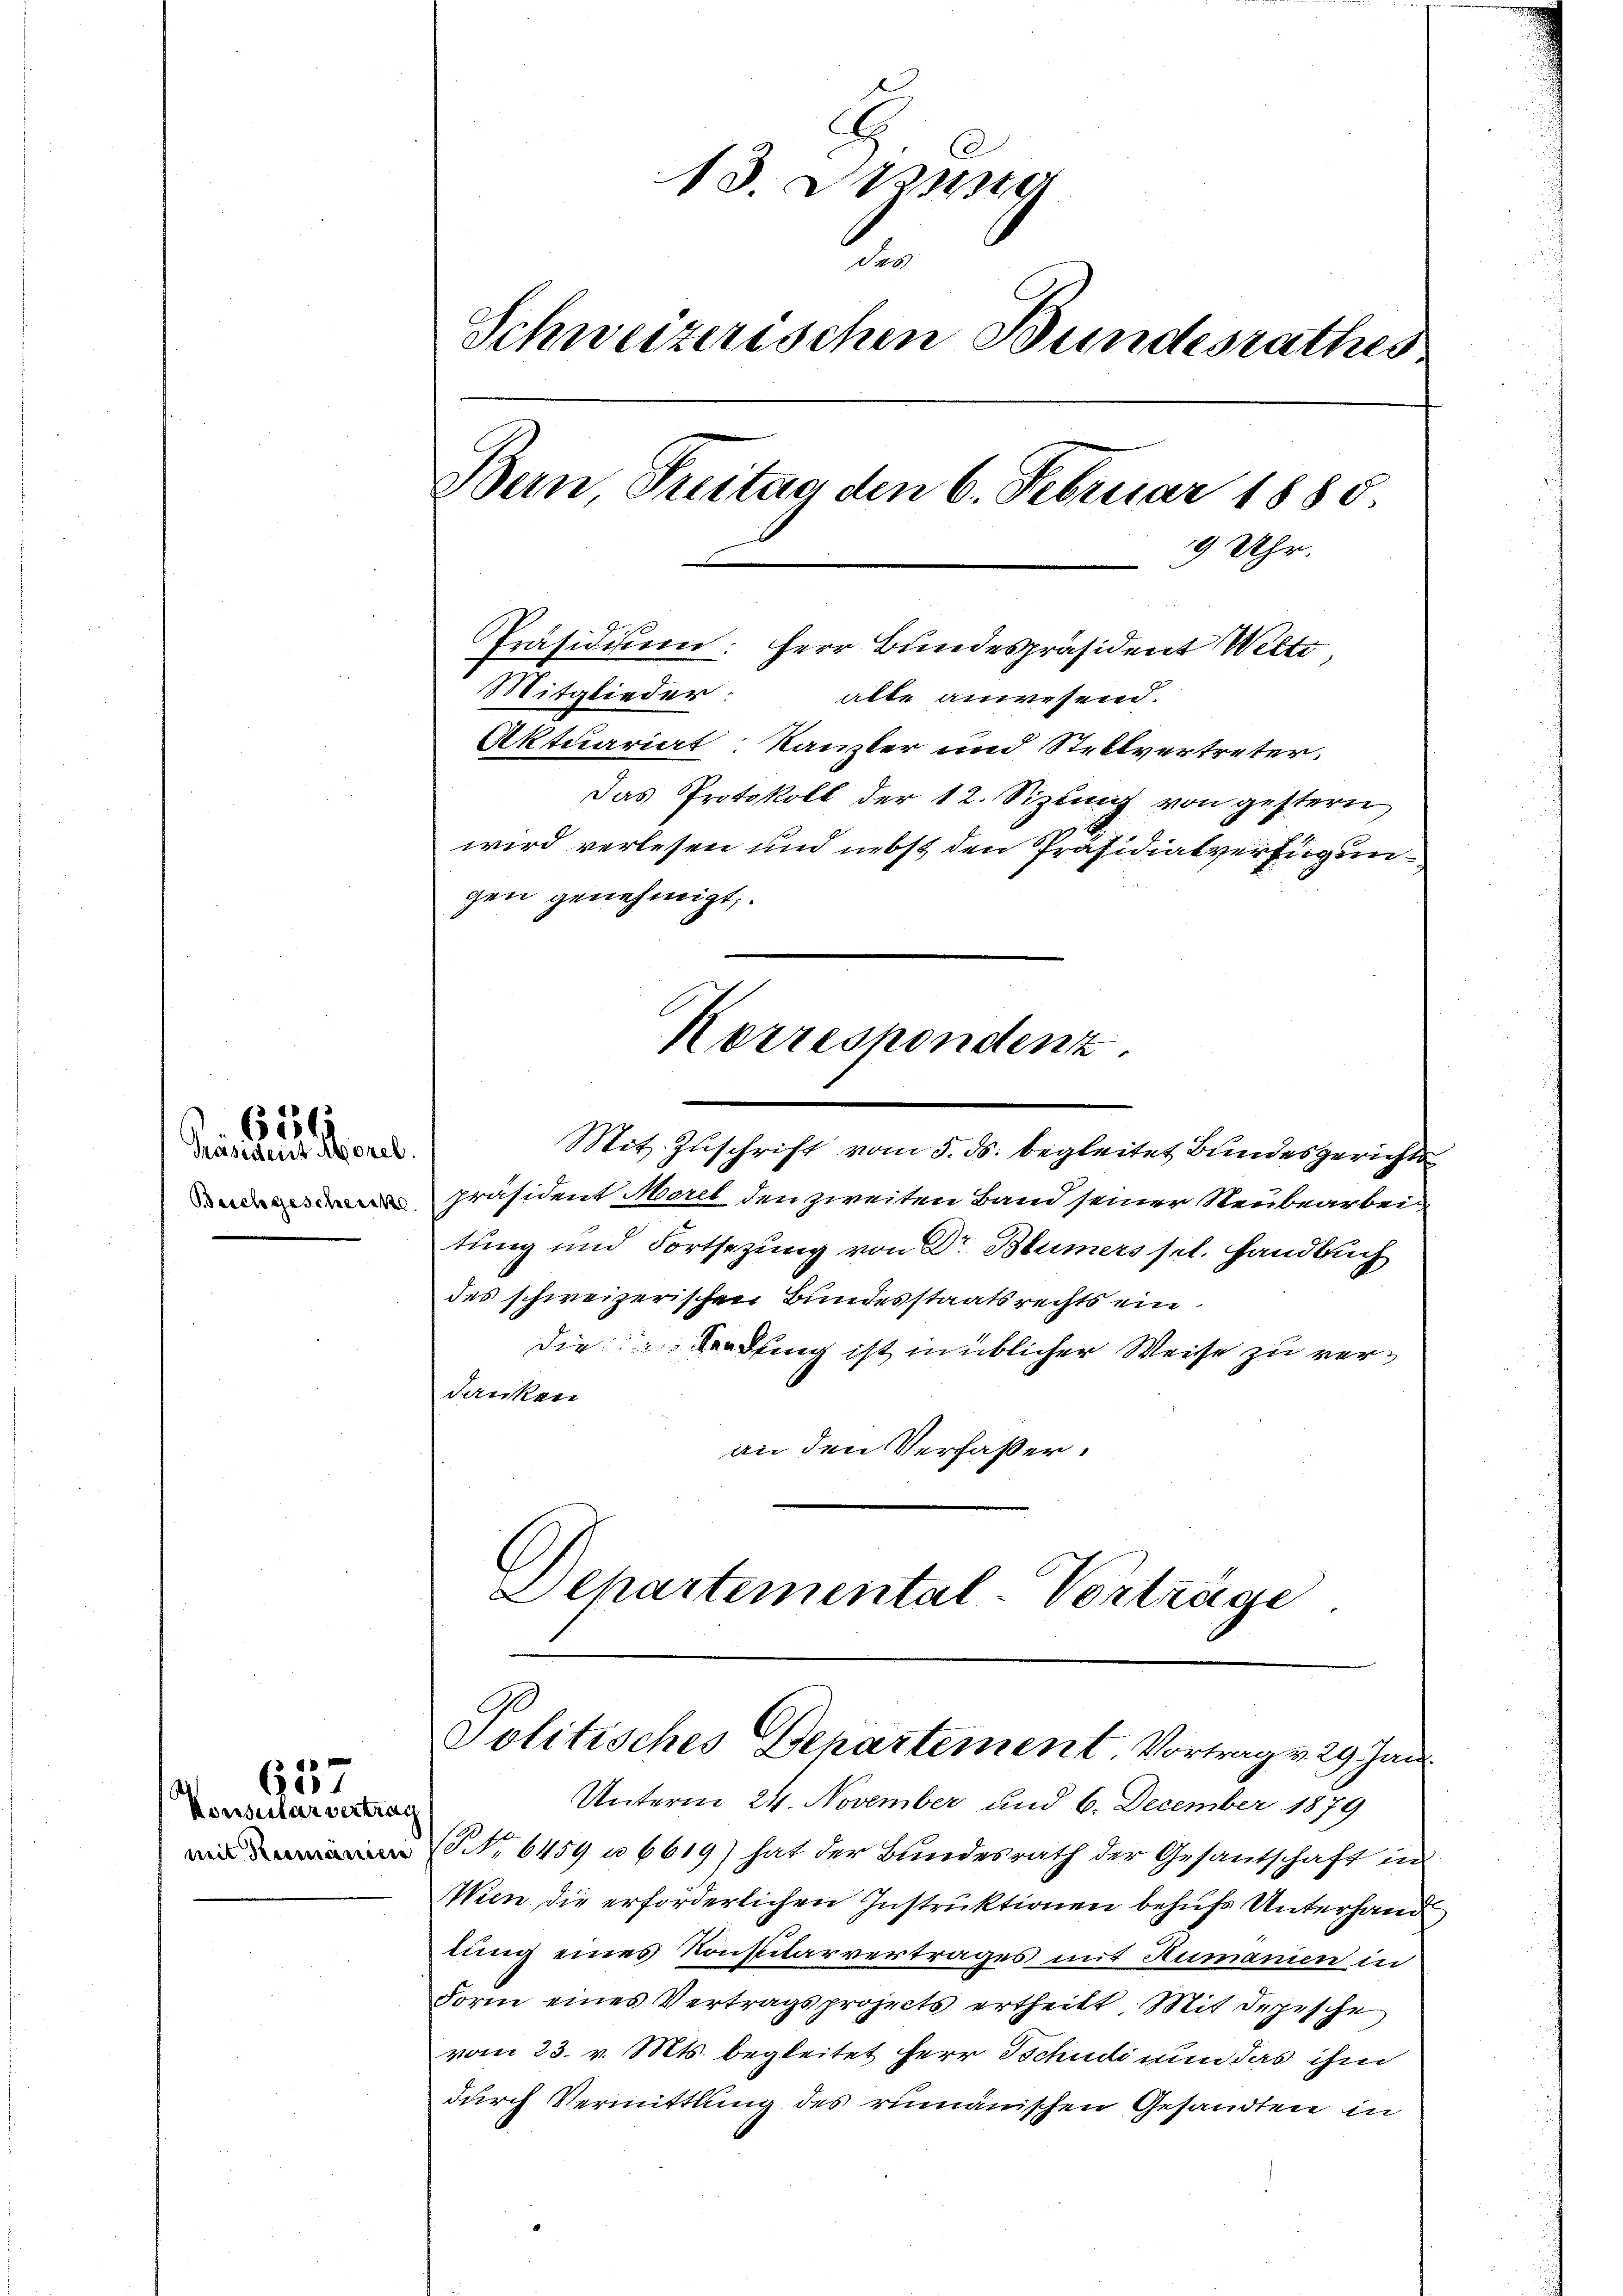
Beichgescheins

i
i
Präsident Morel

0 x
(1

Konsularvertrag
mit Rumanien

.
.
13. De
.
Schweizerischen Bundesrathes
Bern Freitag den 6. Februar 1888.
9 Uhr.
Präsidium: Herr Bundespräsident Welti
Mitglieder: alle anwesend.
Aktuariat Kanzler und Stellvertreter.
Das Protokoll der 12. Sizung von gestern
wird verlesen und nebst den Präsidialverfügungen genehmigt.

Korrespondenz.

Mit Zuschrift vom 5. ds. begleitet Bundesgerichts
präsident Maril den zweiten Band seiner Neubearbei
tung und Fortsetzung von Dr Blümers sel. Handbuch
des schweizerischen Bundesstaatsrechts ein
Die Sendung ist müblicher Weise zu verdanken
an den Verfaßer.
Departemental-Vorträge

Politisches Departement Vortrag v. 29 Jan

Unterm 24. November und 6. December 1879
(No. 6459 u. 6619) hat der Bundesrath der Gesantschaft in
Wien die erforderlichen Instruktionen behufs Unterhand
lung eines Konspitärvertrages mit Aumanien in
Form eines Vertragsprojects ertheilt. Mit depesche
vom 23. v. Mts. begleitet Herr Tschudi nun das ihm
durch Vermittlung des rumänischen Gesandten in